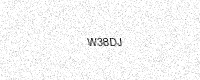
Text: W38DJ